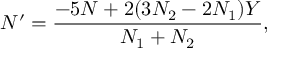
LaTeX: N ^ { \prime } = { \frac { - 5 N + 2 ( 3 N _ { 2 } - 2 N _ { 1 } ) Y } { N _ { 1 } + N _ { 2 } } } ,